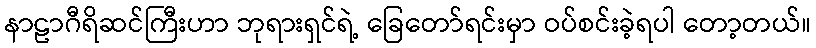
နာဠာဂီရိဆင်ကြီးဟာ ဘုရားရှင်ရဲ့ ခြေတော်ရင်းမှာ ဝပ်စင်းခဲ့ရပါ တော့တယ်။